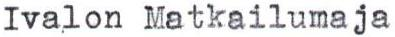
Ivalon Matkailumaja